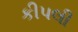
કીપલી